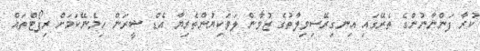
ކުރާ ފަންނާނުންގެ ތެރޭގައި އިނގިރޭސިވިލާތުގެ ޒުވާން ލަވަކިޔުންތެރިޔާ އެޑް ޝީރަން ހިމެނޭކަމަށް ރިޕޯޓްތައް